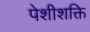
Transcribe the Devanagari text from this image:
पेशीशक्ति